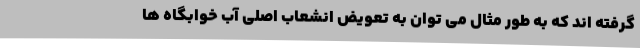
گرفته اند که به طور مثال می توان به تعویض انشعاب اصلی آب خوابگاه ها